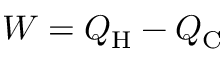
W = Q _ { \mathrm { H } } - Q _ { \mathrm { C } }